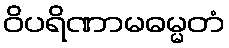
ဝိပရိဏာမဓမ္မတံ